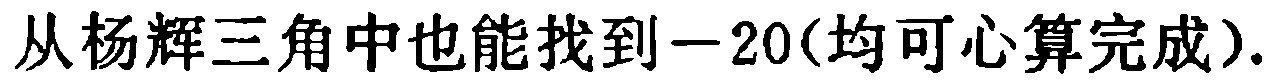
从杨辉三角中也能找到$-20$(均可心算完成).